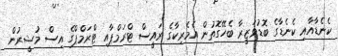
ކެނެޑާއާއި ކެނެޑާގެ ބޮޑުވަޒީރާ ބެހޭގޮތުން އެމެރިކާގެ ރައީސް ޓްރަމްޕާއި ޓްރަމްޕްގެ އިސް މުޝީރުން